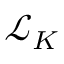
{ \mathcal { L } } _ { K }